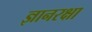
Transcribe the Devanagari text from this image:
ज्ञानरक्षा